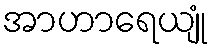
အာဟာရေယျုံ